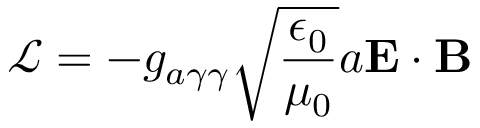
\mathcal { L } = - g _ { a \gamma \gamma } \sqrt { \frac { \epsilon _ { 0 } } { \mu _ { 0 } } } a \mathbf { E } \cdot \mathbf { B }